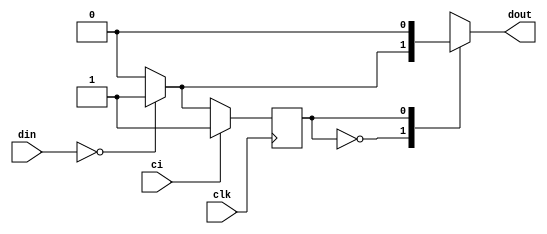
module song_over(clk, ci, din, dout);
	input clk, ci; // ci
	input[5:0] din; // song_romduration
	output reg dout; // song_done
	
	parameter PLAY = 0, OVER = 1; // 
	reg state, nextstate;
	
	// 
	always @ (posedge clk)
	begin
		if (ci) 
		begin
			state = OVER; // 
		end
		else state = nextstate;
	end

	// 
	always @ (*)
	begin
	    // 
		dout = 0;
		case (state) 
			PLAY: begin
					if (!din) // duration0
					begin
						nextstate = OVER;
						dout = 1;
					end
					else nextstate = PLAY;  // 
				  end
			OVER: begin
					if (!din) nextstate = OVER; // duration0OVER
					else nextstate = PLAY; // 
				  end
			default: begin nextstate = OVER; dout = 1; end
		endcase 
	end
endmodule